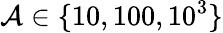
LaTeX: \mathcal{A}\in\{ 10,100,10^{3}\}